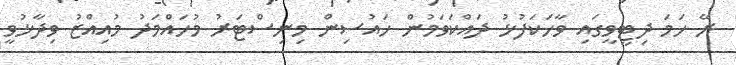
ރޭ ހަމަ ދިޓީވީގައި ވާހަކަފުޅު ދައްކަވަމުން ހައުސިން މިނިސްޓަރު މުހައްމަދު މުއިއްޒު ވިދާޅުވީ